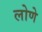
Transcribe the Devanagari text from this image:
लोणे